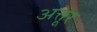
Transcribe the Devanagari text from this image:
अत्तूर